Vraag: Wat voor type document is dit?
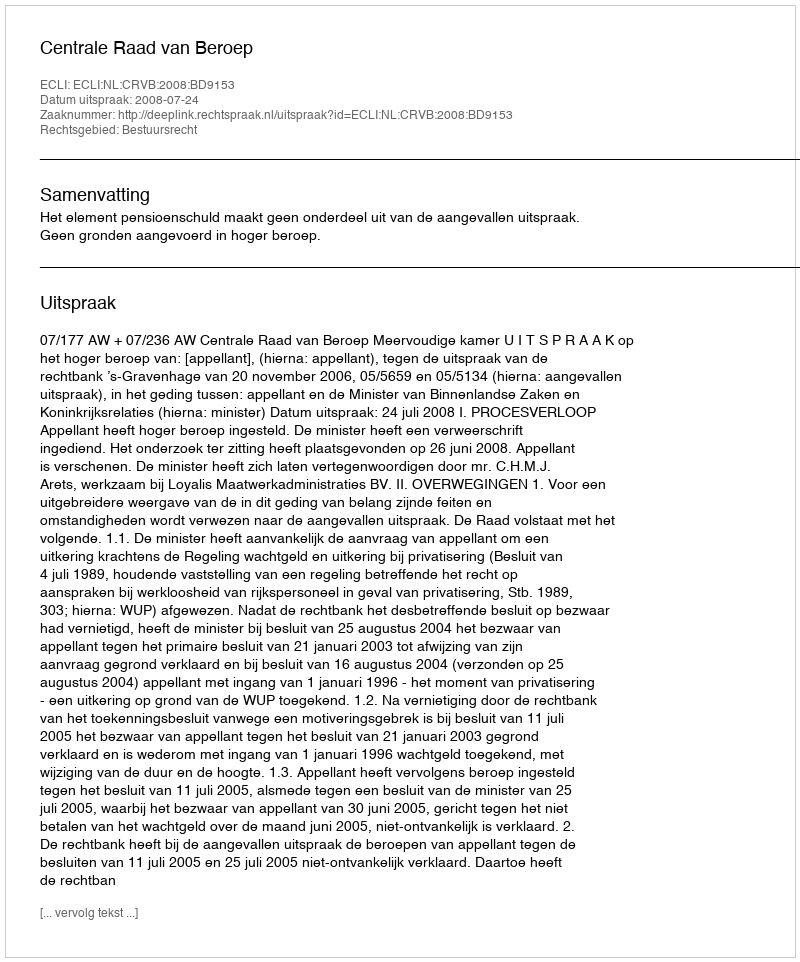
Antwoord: Uitspraak